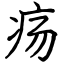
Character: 疡